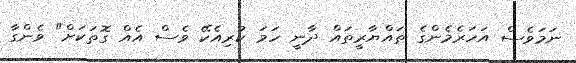
ނަމަވެސް އަހަރެމެންގެ ތައްޔާރީތައް ދާނީ ހަމަ ކުރިއެކޭ ވެސް އެއް ގޮތަކަށް" ވެންގާ